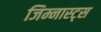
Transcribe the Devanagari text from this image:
जिम्नास्ट्स